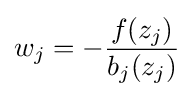
w_{j}=-{\frac {f(z_{j})}{b_{j}(z_{j})}}